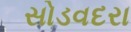
સોડવદરા